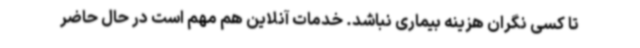
تا کسی نگران هزینه بیماری نباشد. خدمات آنلاین هم مهم است در حال حاضر